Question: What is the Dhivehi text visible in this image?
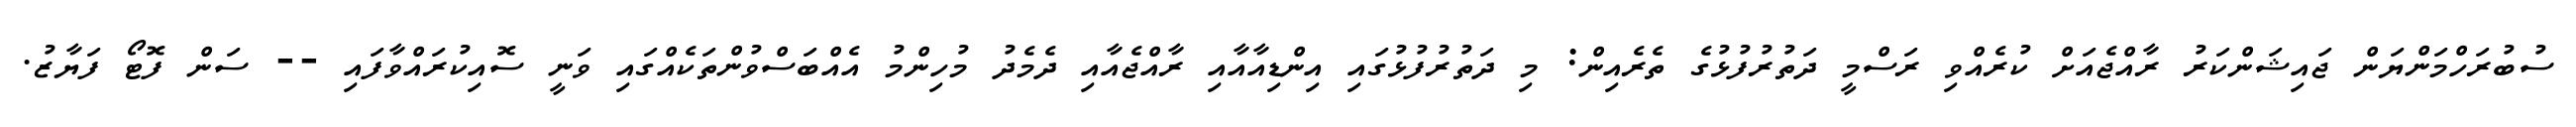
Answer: ސުބުރަހްމަންޔަން ޖައިޝަންކަރު ރާއްޖެއަށް ކުރެއްވި ރަސްމީ ދަތުރުފުޅުގެ ތެރެއިން: މި ދަތުރުފުޅުގައި އިންޑިއާއާއި ރާއްޖެއާއި ދެމެދު މުހިންމު އެއްބަސްވުންތަކެއްގައި ވަނީ ސޮއިކުރައްވާފައި -- ސަން ފޮޓޯ ފަޔާޒު.